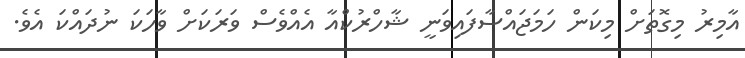
އާމިރު މިގޮތަށް މިކަން ހަމަޖައްސާފައިވަނީ ޝާހްރުކްއާ އެއްވެސް ވަރަކަށް ވާހަކަ ނުދައްކަ އެވެ.